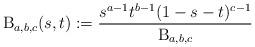
LaTeX: \begin{align*}\mathrm{B}_{a,b,c}(s,t) := \frac{s^{a-1}t^{b-1}(1-s-t)^{c-1}}{\mathrm{B}_{a,b,c}}\end{align*}